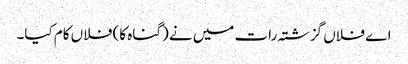
اے فلاں گزشتہ رات میں نے (گناہ کا) فلاں کام کیا۔